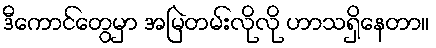
ဒီကောင်တွေမှာ အမြဲတမ်းလိုလို ဟာသရှိနေတာ။